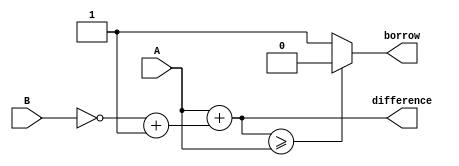
module subtractor(
    input [7:0] A, // 8-bit input A
    input [7:0] B, // 8-bit input B
    output reg [7:0] difference, // 8-bit output difference
    output reg borrow
);

reg [7:0] B_negated; // 2's complement of B
reg [7:0] sum; // Temporary variable for sum calculation

assign B_negated = ~B + 1;

always @(*) begin
    difference = A + B_negated;
    borrow = (difference >= A) ? 0 : 1;
end

endmodule